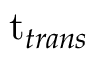
\mathrm { t } _ { t r a n s }